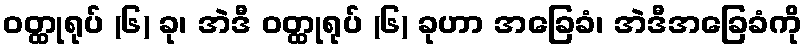
ဝတ္ထုရုပ် (၆) ခု၊ အဲဒီ ဝတ္ထုရုပ် (၆) ခုဟာ အခြေခံ၊ အဲဒီအခြေခံကို